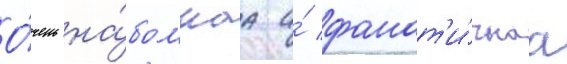
О́чень на́божнаа и́ фанат'и́чнаа